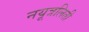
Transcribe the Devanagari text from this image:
नयूत्रलिती